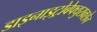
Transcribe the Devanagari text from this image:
डाइनाइट्रोबेफ्युराक्सेन